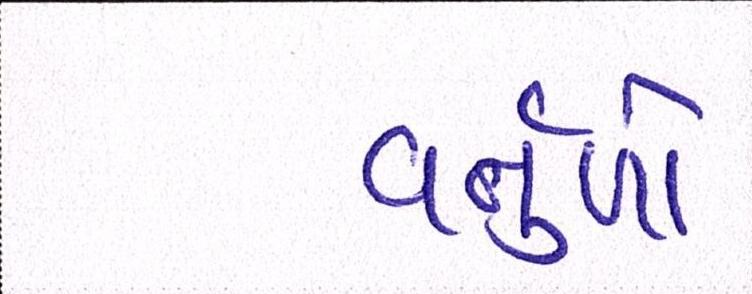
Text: વર્તુળો